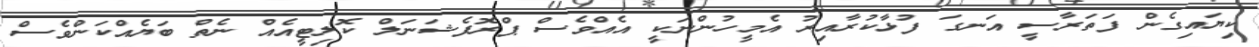
ކިޔައިގެން ފަތަރާސީ އަނގަ ފުޅާކުރާއިރު އެމީހުންނަކީ އެއްވެސް ޕްރޮފެޝަނަލް ކޮލިޓީއެއް ނެތް ބަޔެއްކަންވެސް